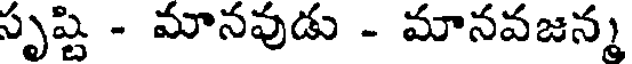
సృష్టి - మానవుడు - మానవజన్మ